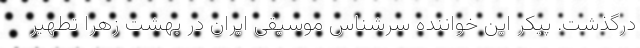
درگذشت‌. پیکر این خواننده سرشناس موسیقی ایران در بهشت زهرا تطهیر